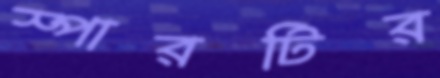
স্পারটির